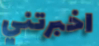
اخبرتني